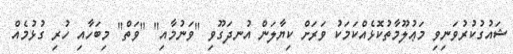
ޝައުގުކުރުވަނިވި މަޢުލޫމާތުކޮޅެއްކަމަކު ވަރަށް ކިޔާލަން އުނދަގޫވި "ވަނުމާއި" "ވަތް" މިބަހާއި ހުރި ގުޅުމެއް